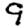
Digit: 9